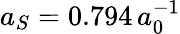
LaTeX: a_{S}=0.794\, a_{0}^{-1}